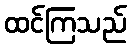
ထင်ကြသည်